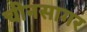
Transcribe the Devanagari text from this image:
चीनसागर